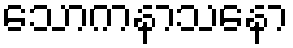
သောကနာသနော